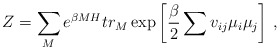
\begin{align*}Z=\sum_{M}e^{\beta MH} tr_{M}\exp \left[ \frac{\beta}{2}\sum v_{ij}\mu_{i}\mu _{j}\right] \, ,\end{align*}